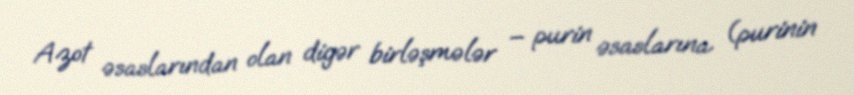
Azot əsaslarından olan digər birləşmələr – purin əsaslarına (purinin